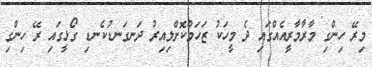
މިރޭ ހިންގި މާރާމާރީއެއްގައި ދެ މީހަކު ޒަހަމްކޮށްލިއިރު ދަނގަނޑުކެނޑި ގޯޅީގައި ރޭ ހިންގި